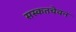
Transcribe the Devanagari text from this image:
सस्कतचेवन